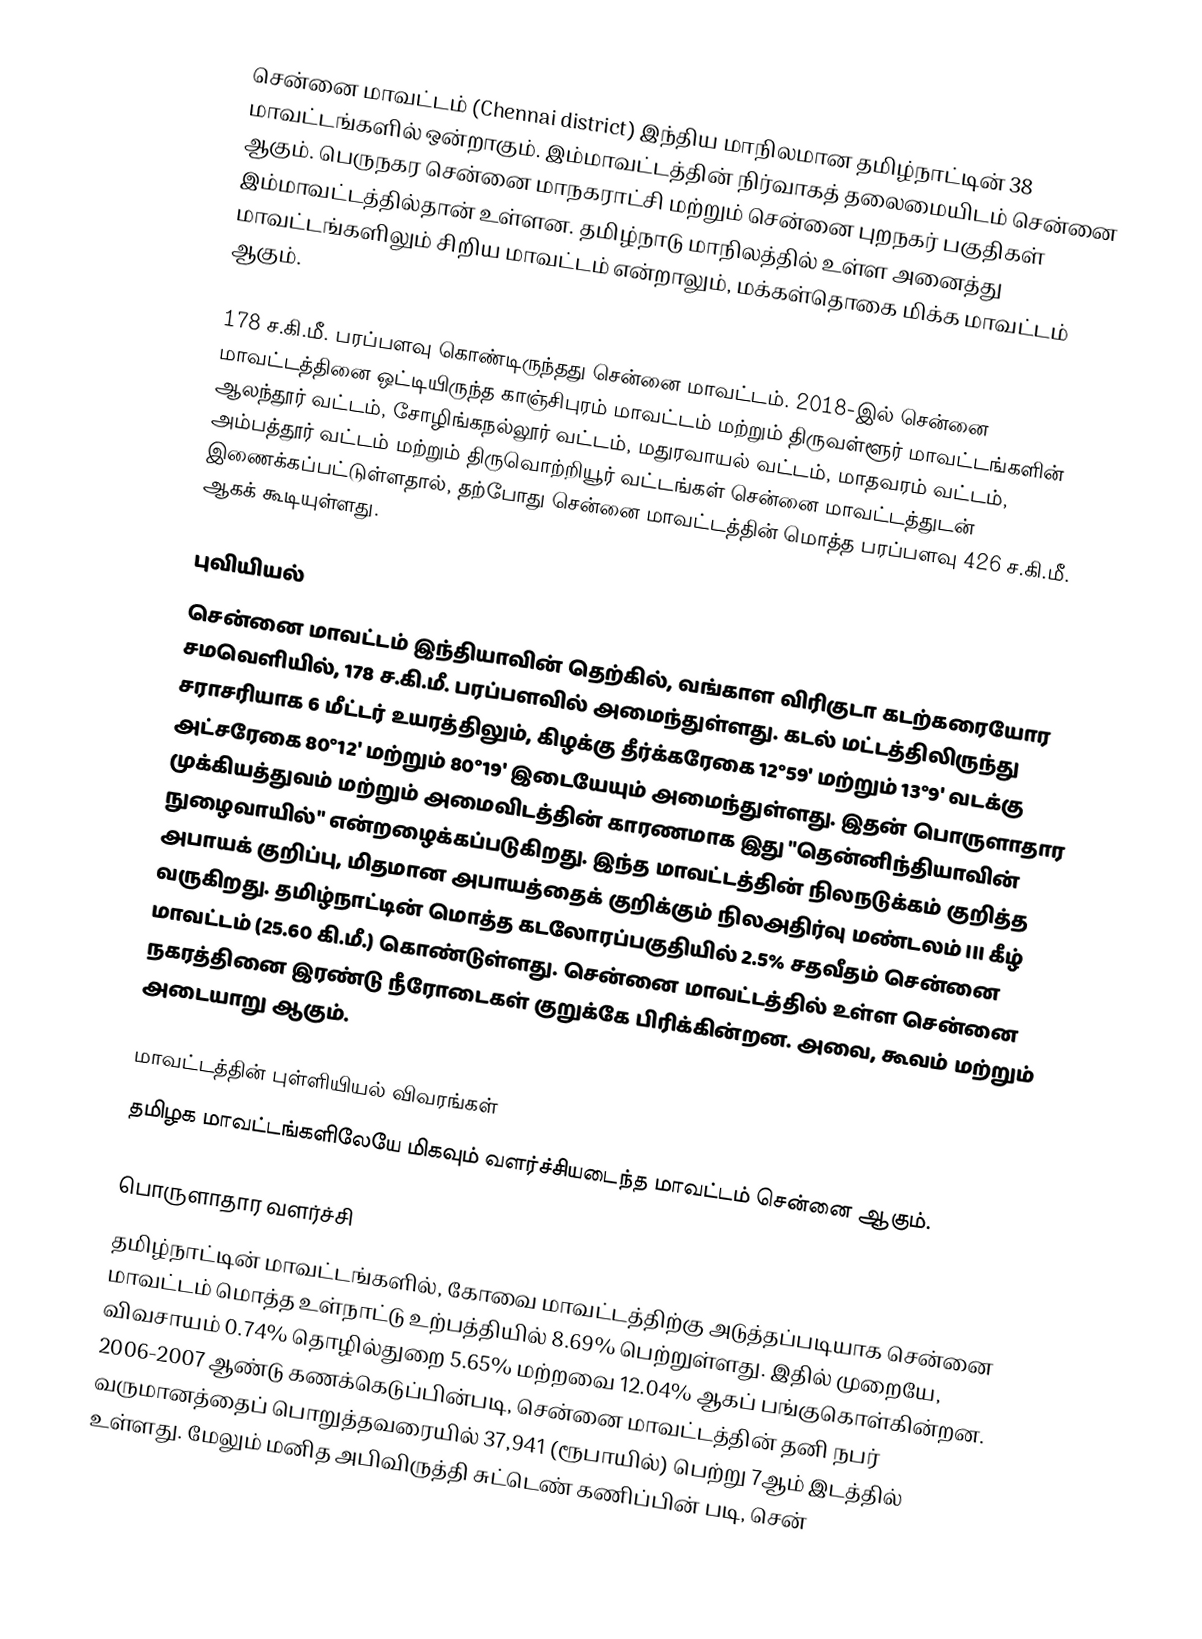
சென்னை மாவட்டம் (Chennai district) இந்திய மாநிலமான தமிழ்நாட்டின் 38 மாவட்டங்களில் ஒன்றாகும். இம்மாவட்டத்தின் நிர்வாகத் தலைமையிடம் சென்னை ஆகும். பெருநகர சென்னை மாநகராட்சி மற்றும் சென்னை புறநகர் பகுதிகள் இம்மாவட்டத்தில்தான் உள்ளன. தமிழ்நாடு மாநிலத்தில் உள்ள அனைத்து மாவட்டங்களிலும் சிறிய மாவட்டம் என்றாலும், மக்கள்தொகை மிக்க மாவட்டம் ஆகும்.

178 ச.கி.மீ. பரப்பளவு கொண்டிருந்தது சென்னை மாவட்டம். 2018-இல் சென்னை மாவட்டத்தினை ஒட்டியிருந்த காஞ்சிபுரம் மாவட்டம் மற்றும் திருவள்ளூர் மாவட்டங்களின் ஆலந்தூர் வட்டம், சோழிங்கநல்லூர் வட்டம், மதுரவாயல் வட்டம், மாதவரம் வட்டம், அம்பத்தூர் வட்டம் மற்றும் திருவொற்றியூர் வட்டங்கள் சென்னை மாவட்டத்துடன் இணைக்கப்பட்டுள்ளதால், தற்போது சென்னை மாவட்டத்தின் மொத்த பரப்பளவு 426 ச.கி.மீ. ஆகக் கூடியுள்ளது.

புவியியல்
சென்னை மாவட்டம் இந்தியாவின் தெற்கில், வங்காள விரிகுடா  கடற்கரையோர சமவெளியில்,  178 ச.கி.மீ. பரப்பளவில் அமைந்துள்ளது. கடல் மட்டத்திலிருந்து சராசரியாக 6 மீட்டர்  உயரத்திலும், கிழக்கு தீர்க்கரேகை 12°59' மற்றும் 13°9' வடக்கு அட்சரேகை 80°12' மற்றும் 80°19' இடையேயும் அமைந்துள்ளது. இதன் பொருளாதார முக்கியத்துவம் மற்றும் அமைவிடத்தின் காரணமாக இது "தென்னிந்தியாவின் நுழைவாயில்" என்றழைக்கப்படுகிறது. இந்த மாவட்டத்தின் நிலநடுக்கம் குறித்த அபாயக் குறிப்பு, மிதமான அபாயத்தைக்  குறிக்கும் நிலஅதிர்வு மண்டலம் III கீழ் வருகிறது.  தமிழ்நாட்டின் மொத்த கடலோரப்பகுதியில் 2.5% சதவீதம் சென்னை மாவட்டம் (25.60  கி.மீ.) கொண்டுள்ளது. சென்னை மாவட்டத்தில் உள்ள சென்னை நகரத்தினை  இரண்டு நீரோடைகள் குறுக்கே பிரிக்கின்றன. அவை, கூவம் மற்றும் அடையாறு ஆகும்.

மாவட்டத்தின் புள்ளியியல் விவரங்கள்
தமிழக மாவட்டங்களிலேயே மிகவும் வளர்ச்சியடைந்த மாவட்டம் சென்னை ஆகும்.

பொருளாதார வளர்ச்சி
தமிழ்நாட்டின் மாவட்டங்களில், கோவை மாவட்டத்திற்கு அடுத்தப்படியாக  சென்னை மாவட்டம் மொத்த உள்நாட்டு உற்பத்தியில் 8.69% பெற்றுள்ளது. இதில் முறையே, விவசாயம் 0.74% தொழில்துறை 5.65% மற்றவை 12.04% ஆகப் பங்குகொள்கின்றன. 2006-2007 ஆண்டு கணக்கெடுப்பின்படி, சென்னை மாவட்டத்தின்  தனி நபர் வருமானத்தைப் பொறுத்தவரையில் 37,941 (ரூபாயில்) பெற்று 7ஆம் இடத்தில் உள்ளது. மேலும் மனித அபிவிருத்தி சுட்டெண் கணிப்பின் படி, சென்